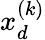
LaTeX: x_{d}^{(k)}